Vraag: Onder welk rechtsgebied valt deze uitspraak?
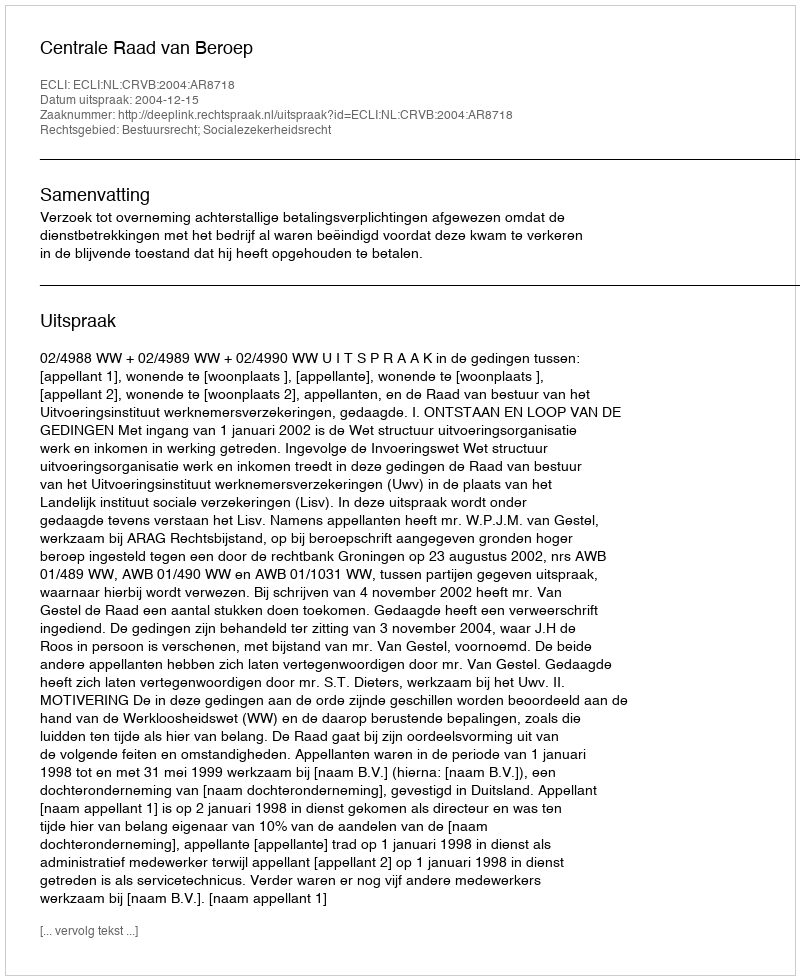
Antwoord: Bestuursrecht; Socialezekerheidsrecht